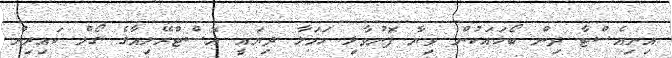
އިނިއެސްޓާ ދިން ބޯޅައަކުން ވިޔާ ފޮނުވާލި ހަމަލާ ދިޔައީ އޮސްޓްރޭލިއާގެ ގޯލް ކައިރިން